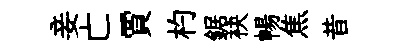
妾亡賈杓鋸袂暢焦昔